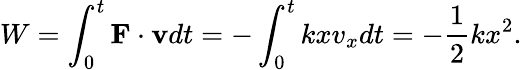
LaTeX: W=\int_{0}^{t}\mathbf{F}\cdot\mathbf{v}dt=-\int_{0}^{t}kxv_{x}dt=-{\frac{1}{2}}kx^{2}.